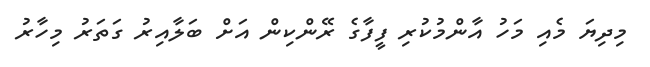
މިދިޔަ މެއި މަހު އާންމުކުރި ފީފާގެ ރޭންކިން އަށް ބަލާއިރު ގަތަރު މިހާރު